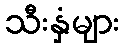
သီးနှံများ